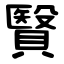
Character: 贀